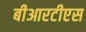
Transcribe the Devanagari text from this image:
बीआरटीएस